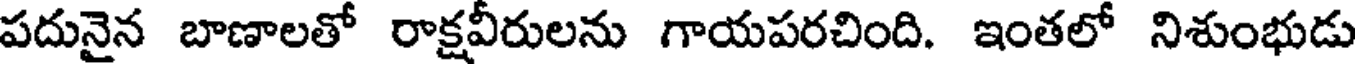
పదునైన బాణాలతో రాక్షవీరులను గాయపరచింది. ఇంతలో నిశుంభుడు